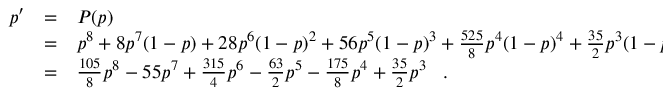
\begin{array} { r c l } { { p ^ { \prime } } } & { { = } } & { { P ( p ) } } \\ { { } } & { { = } } & { { p ^ { 8 } + 8 p ^ { 7 } ( 1 - p ) + 2 8 p ^ { 6 } ( 1 - p ) ^ { 2 } + 5 6 p ^ { 5 } ( 1 - p ) ^ { 3 } + \frac { 5 2 5 } { 8 } p ^ { 4 } ( 1 - p ) ^ { 4 } + \frac { 3 5 } { 2 } p ^ { 3 } ( 1 - p ) ^ { 5 } } } \\ { { } } & { { = } } & { { \frac { 1 0 5 } { 8 } p ^ { 8 } - 5 5 p ^ { 7 } + \frac { 3 1 5 } { 4 } p ^ { 6 } - \frac { 6 3 } { 2 } p ^ { 5 } - \frac { 1 7 5 } { 8 } p ^ { 4 } + \frac { 3 5 } { 2 } p ^ { 3 } \, \, \, \, \, . \, \, \, \, \, } } \end{array}